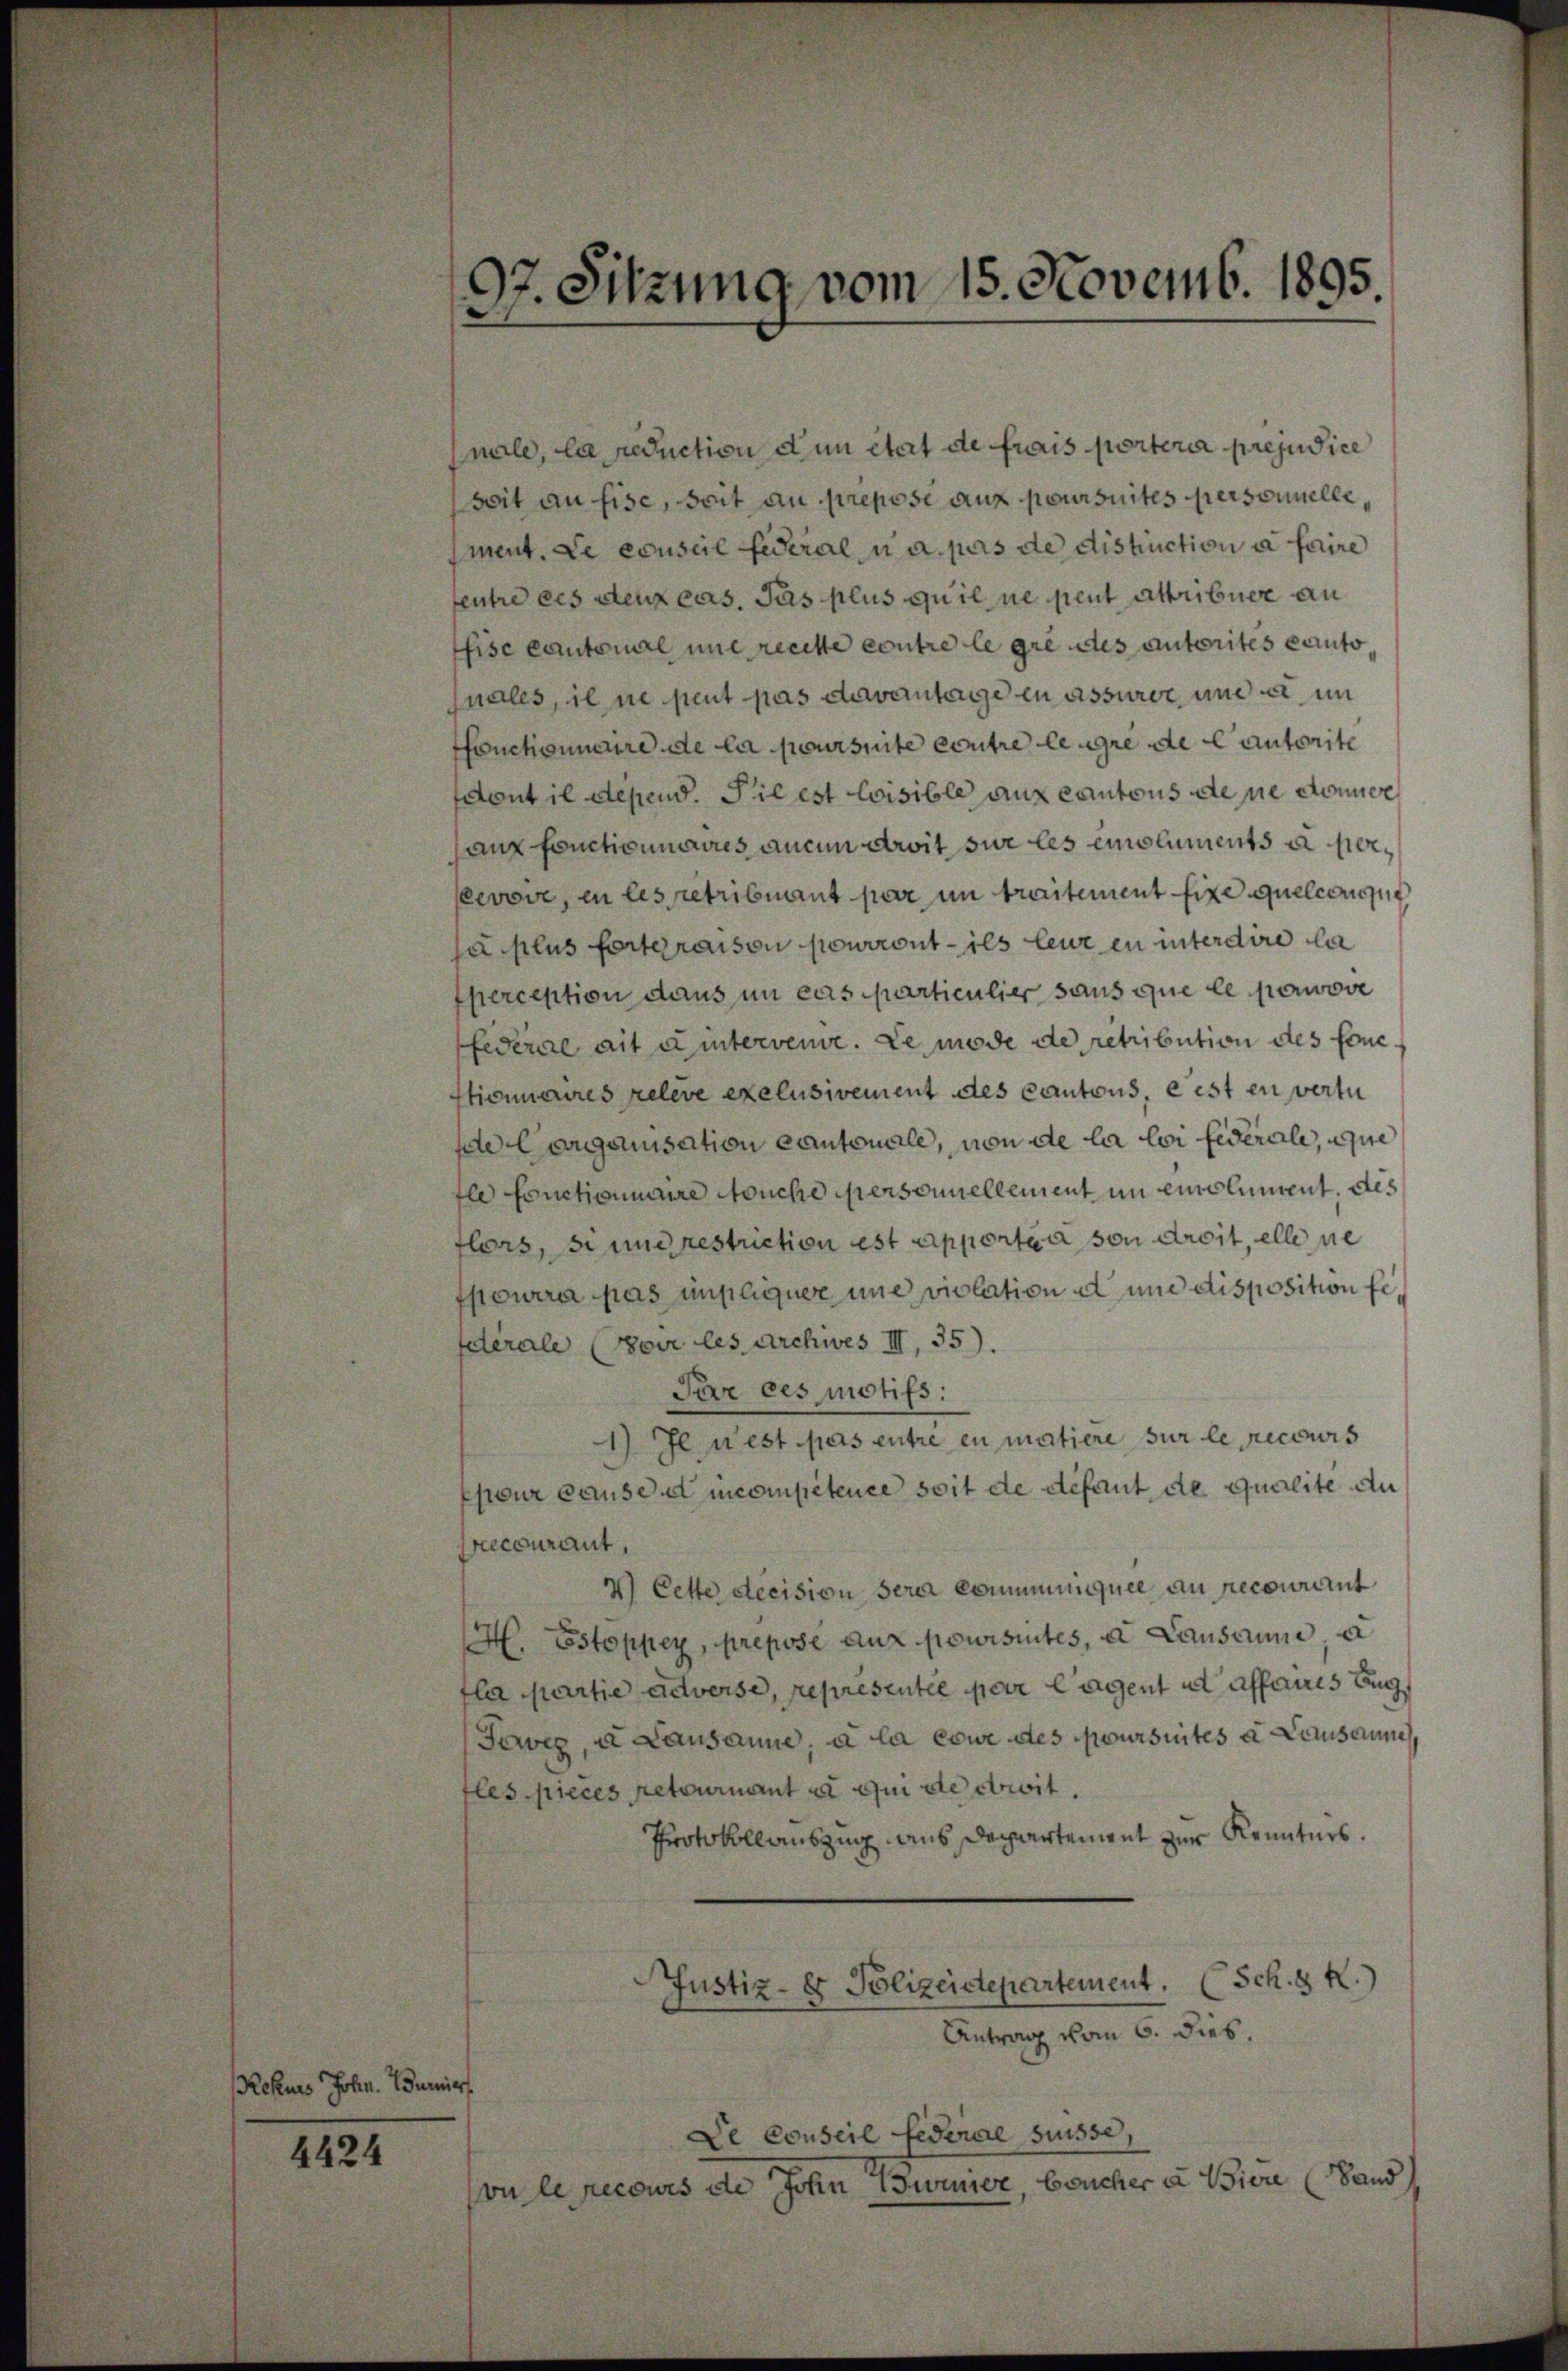
Rekurs John. Burier

4424

97. Sitzung vom 15. Novemb. 1895.

nale, la reduction dun état de frais portera préjudice
seit an fise, seit au prepose aux poursuites personnellement. Le conscie Federal u. a. pas de distruction à faire
fentre des Stenzens. Jas plus qu’il ne peut attribuer an
ffise Cantonal une recette contre le gre des autorites eauto,
quales, il ne peut pas davantage en assurer, und ein
ffonctionnaire de la poursuite contre leugre de Cautorite
sdont il depend. Sie est loisible auf Cantons de sie donner
haux fonctionnaires aucun droit sur les emoluments à pereevove, in les retrismant par im traitement fixe quelconque
sa plus forteraison pourront ils leur ein interdire la
Eperception daus in cas particulier sans que le pouvove
federare ait eintervene. Le mode de retribution des fonc
stionnaires releve exclusivement des Cantons, eest en vertu
de Corganisation cantonale, von de la loi fédérale, wie
fle fonctionnaire touche personnellement in einblument. des
flors, si und restriction est apportia von droit, elle ne
Spourra pas unpliquer une violation et und disposition fiderale (Boir les Archives III 35).
Par ces motifs.
1) Je n’est pas entre en matiere sur le recours
Epour cause competence soit de défaut de qualité du
Precourant,
4. Cette decision sera communquee an recourient
H. Estöppey, prepose aux poursuites, u. Lausanne a
fla partie adverse, representée par lagent ad affaires Beg
Feweg, u. Lausanne, a la come des coursuites a Lausanne
fles pieces retournant à qui de cit.
Protokollauszug aus Deinertement zur Kennters.
Justiz- & Polizeidepartement. (Sch. 8 K.
Antrag vom 6. dies.
De Conseil Federal Suisse,
vu le recours de John Brunner, boucher a. Biere (Land